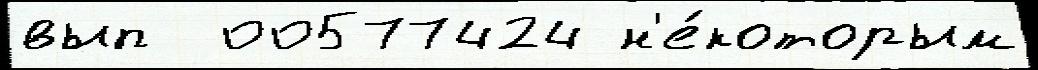
вып  00577424 н'е́которым